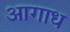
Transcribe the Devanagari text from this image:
आगाध